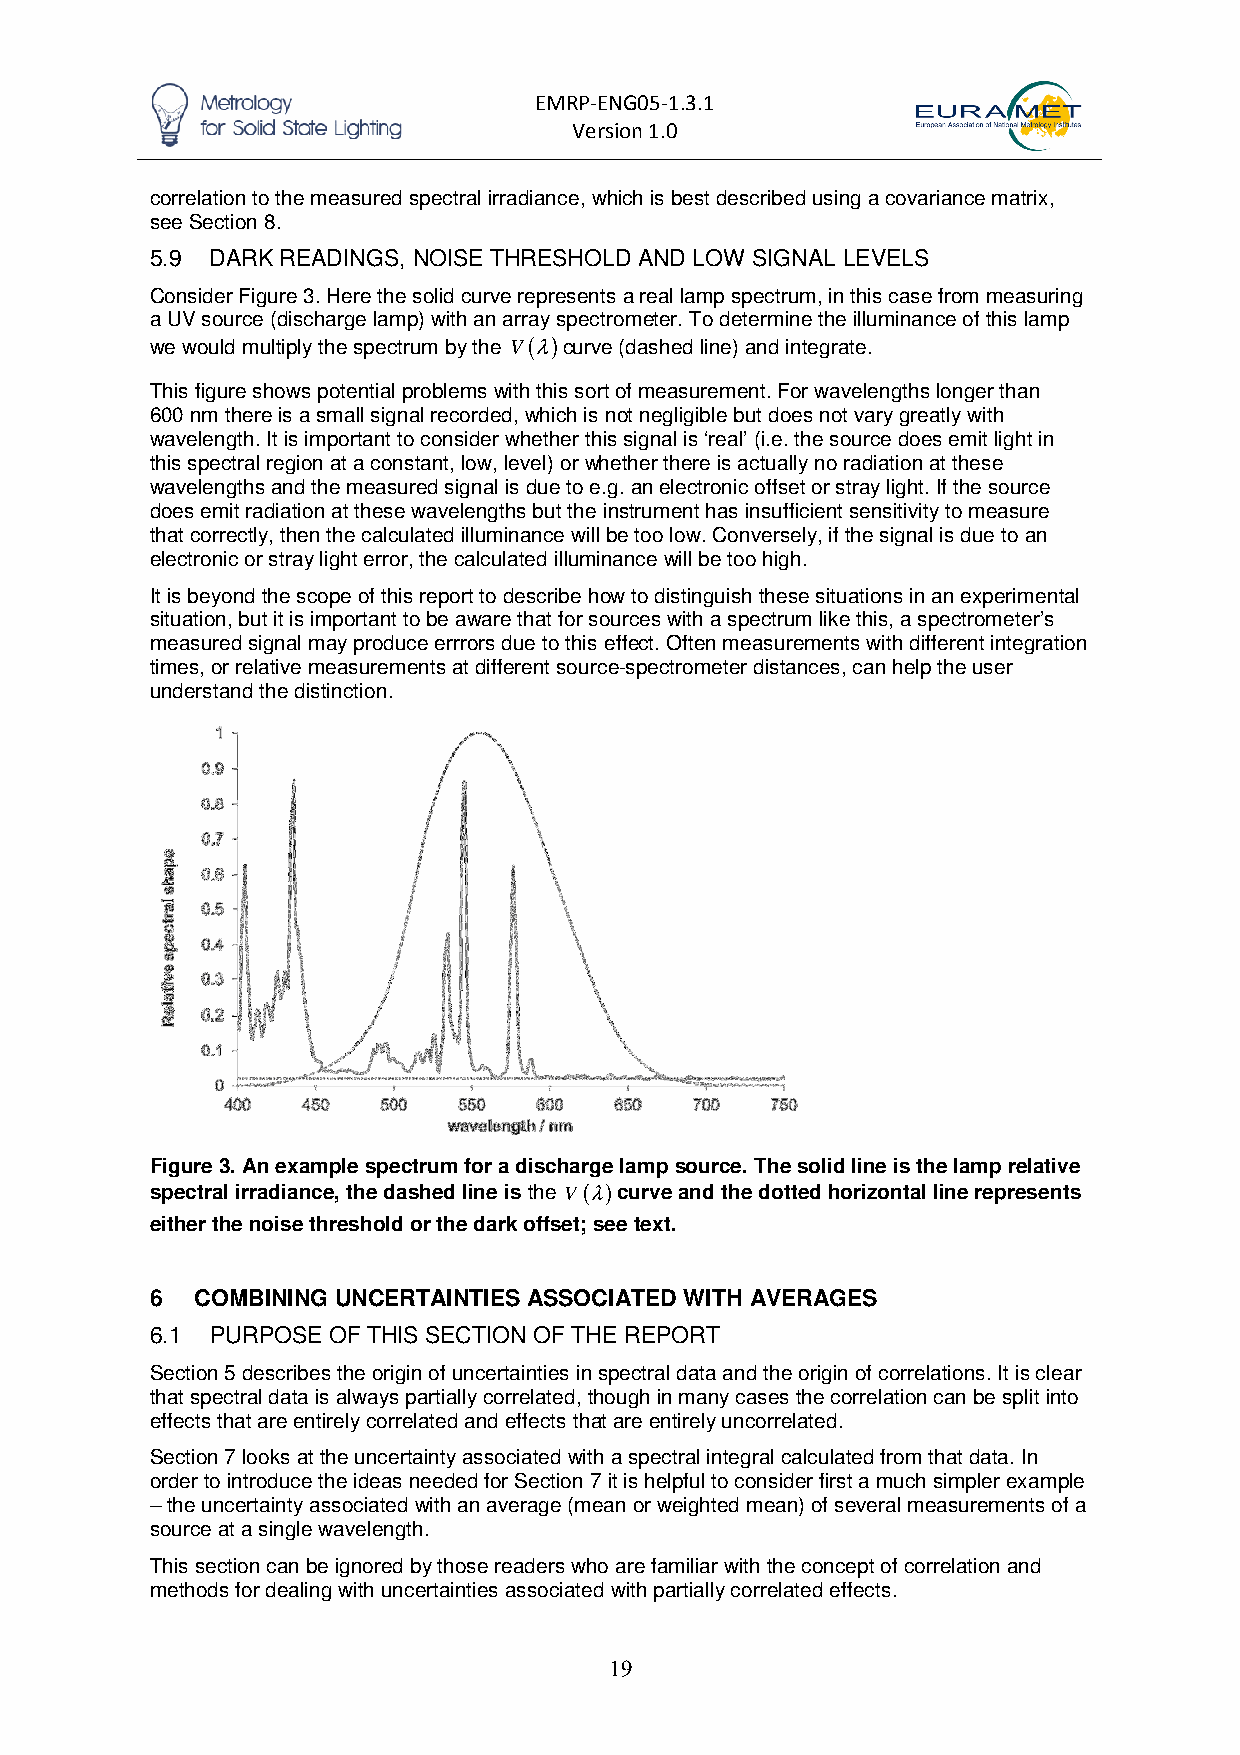
EMRP-ENG05-1.3.1
 Version 1.0
 correlation to the measured spectral irradiance, which is best described using a covariance matrix,
 see Section 8.
 5.9 DARK READINGS, NOISE THRESHOLD AND LOW SIGNAL LEVELS
 Consider Figure 3. Here the solid curve represents a real lamp spectrum, in this case from measuring
 a UV source (discharge lamp) with an array spectrometer. To determine the illuminance of this lamp
 we would multiply the spectrum by the V(λ)curve (dashed line) and integrate.
 This figure shows potential problems with this sort of measurement. For wavelengths longer than
 600 nm there is a small signal recorded, which is not negligible but does not vary greatly with
 wavelength. It is important to consider whether this signal is ‘real’ (i.e. the source does emit light in
 this spectral region at a constant, low, level) or whether there is actually no radiation at these
 wavelengths and the measured signal is due to e.g. an electronic offset or stray light. If the source
 does emit radiation at these wavelengths but the instrument has insufficient sensitivity to measure
 that correctly, then the calculated illuminance will be too low. Conversely, if the signal is due to an
 electronic or stray light error, the calculated illuminance will be too high.
 It is beyond the scope of this report to describe how to distinguish these situations in an experimental
 situation, but it is important to be aware that for sources with a spectrum like this, a spectrometer’s
 measured signal may produce errrors due to this effect. Often measurements with different integration
 times, or relative measurements at different source-spectrometer distances, can help the user
 understand the distinction.
 Figure 3. An example spectrum for a discharge lamp source. The solid line is the lamp relative
 spectral irradiance, the dashed line is the V(λ)curve and the dotted horizontal line represents
 either the noise threshold or the dark offset; see text.
 6  COMBINING UNCERTAINTIES ASSOCIATED WITH AVERAGES
 6.1 PURPOSE OF THIS SECTION OF THE REPORT
 Section 5 describes the origin of uncertainties in spectral data and the origin of correlations. It is clear
 that spectral data is always partially correlated, though in many cases the correlation can be split into
 effects that are entirely correlated and effects that are entirely uncorrelated.
 Section 7 looks at the uncertainty associated with a spectral integral calculated from that data. In
 order to introduce the ideas needed for Section 7 it is helpful to consider first a much simpler example
 – the uncertainty associated with an average (mean or weighted mean) of several measurements of a
 source at a single wavelength.
 This section can be ignored by those readers who are familiar with the concept of correlation and
 methods for dealing with uncertainties associated with partially correlated effects.
 19